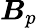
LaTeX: \boldsymbol{B}_{p}